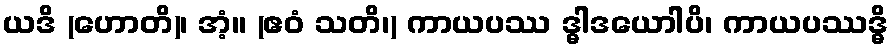
ယဒိ (ဟောတိ)၊ အံ့။ (ဧဝံ သတိ၊) ကာယပဿ ဒ္ဓါဒယောါပိ၊ ကာယပဿဒ္ဓိ